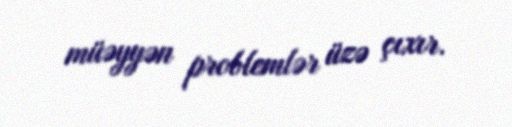
müəyyən problemlər üzə çıxır.